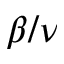
\beta / \nu